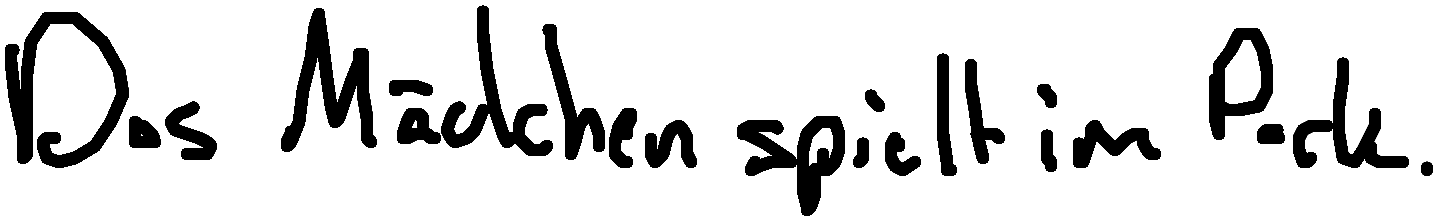
Das Mädchen spielt im Park.